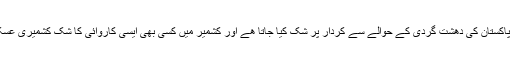
کیونکہ بیرون ملک ابھی تک پاکستان کی دھشت گردی کے حوالے سے کردار پر شک کیا جاتا ھے اور کشمیر میں کسی بھی ایسی کاروائی کا شک کشمیری عسکریت پسندوں پر کیا جاتا ہے۔